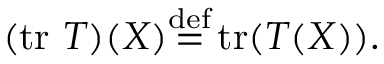
( \operatorname { t r } \, T ) ( X ) { \stackrel { \mathrm { d e f } } { = } } \operatorname { t r } ( T ( X ) ) .